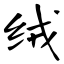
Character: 绒